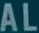
AL